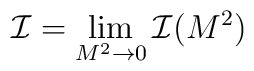
{\cal I} = \lim_{M^2 \rightarrow 0} {\cal I}(M^2)